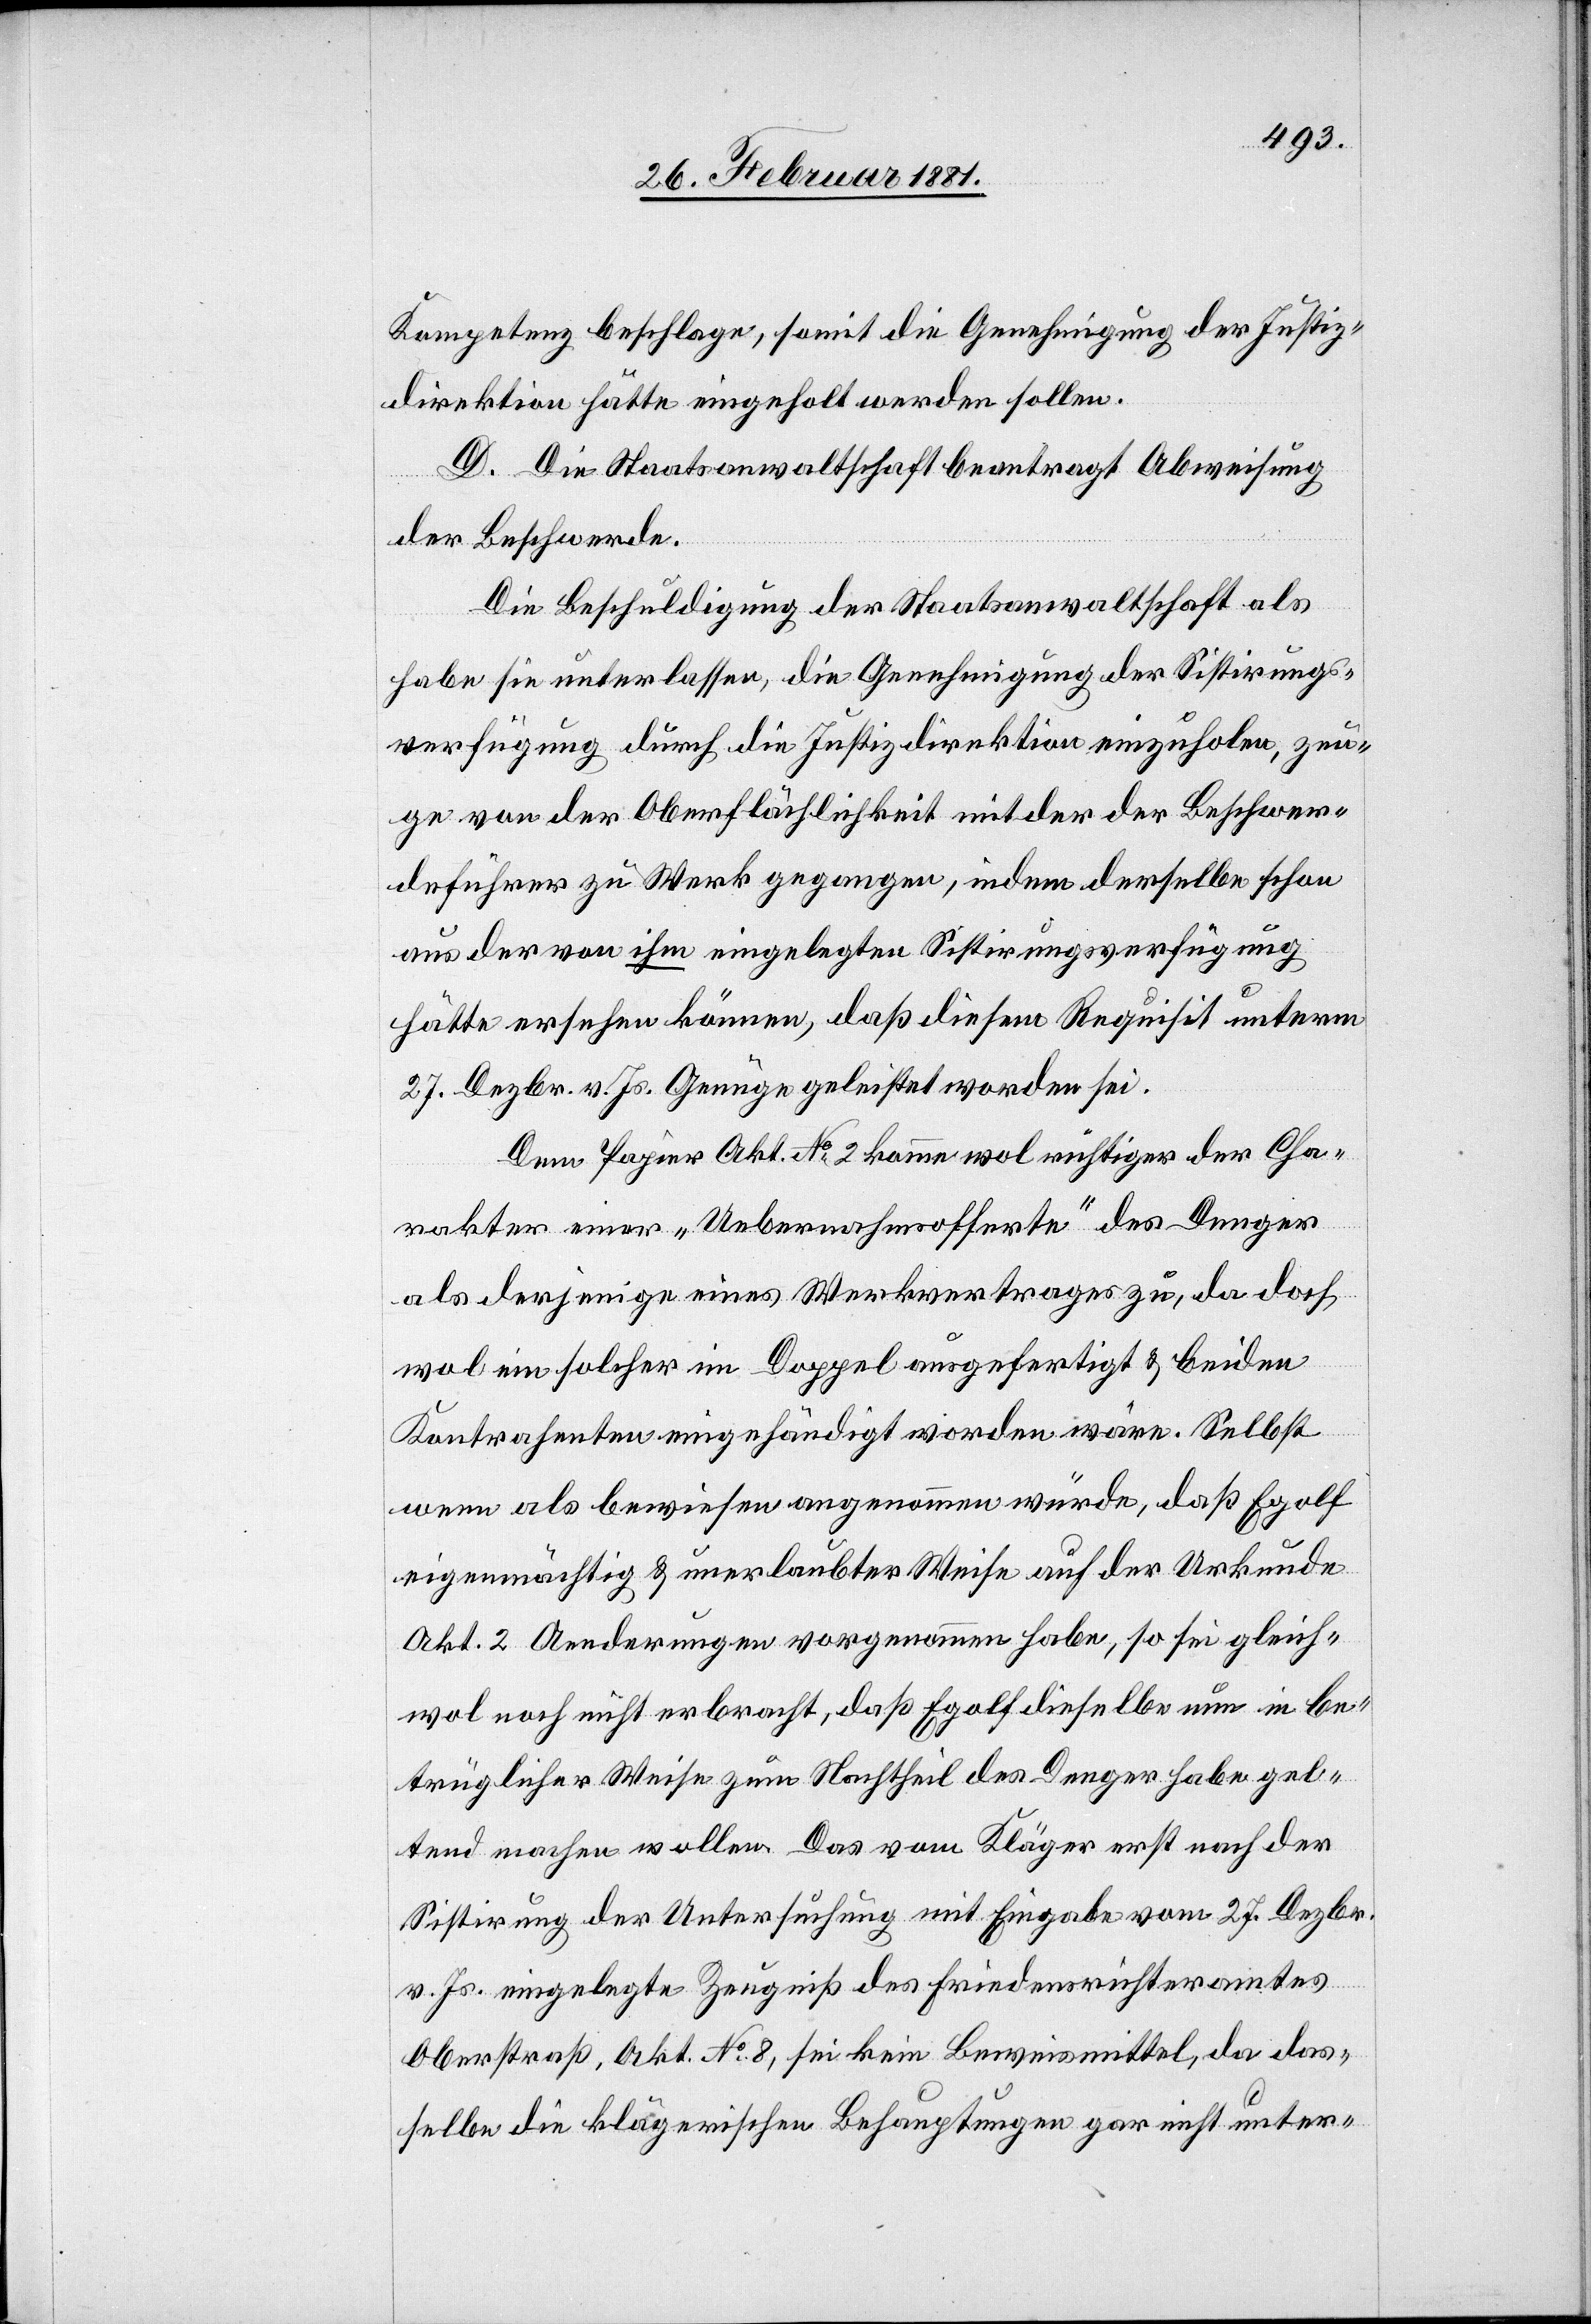
Kompetenz beschlage, somit die Genehmigung der Justiz¬
direktion hätte eingeholt werden sollen.
D. Die Staatsanwaltschaft beantragt Abweisung
der Beschwerde.
Die Beschuldigung der Staatsanwaltschaft als
habe sie unterlassen, die Genehmigung der Sistirungs¬
verfügung durch die Justizdirektion einzuholen, zeu¬
ge von der Oberflächlichkeit mit der der Beschwer¬
deführer zu Werk gegangen, indem derselbe schon
aus der von ihm eingelegten Sistirungsverfügung
hätte ersehen können, daß diesem Requisit unterm
27. Dezbr. v. Js. Genüge geleistet worden sei.
Dem Papier Akt. No 2 komme wol richtiger der Cha¬
rakter einer „Uebernahmsofferte“ des Denger
als derjenige eines Werkvertrages zu, da doch
wol ein solcher im Doppel ausgefertigt & beiden
Kontrahenten eingehändigt worden wäre. Selbst
wenn als bewiesen angenommen würde, daß Egolf
eigenmächtig & unerlaubter Weise auf der Urkunde
Akt. 2 Aenderungen vorgenommen habe, so sei gleich¬
wol noch nicht erbracht, daß Egolf dieselbe nun in be¬
trüglicher Weise zum Nachtheil des Denger habe gel¬
tend machen wollen. Das vom Kläger erst nach der
Sistirung der Untersuchung mit Eingabe vom 27. Dezbr.
v. Js. eingelegte Zeugniß des Friedensrichteramtes
Oberstraß, Akt. No 8, sei kein Beweismittel, da das¬
selbe die klägerischen Behauptungen gar nicht unter-